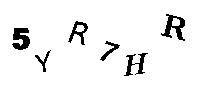
5YR7HR